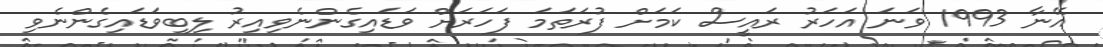
އޭނާ 1993 ވަނަ އަހަރު ރައީސް ކަމަށް ފުރަތަމަ ފަހަރަށް ވަޑައިގެންނެވިއިރު ލިބިވަޑައިގެންނެވި